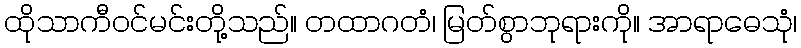
ထိုသာကီဝင်မင်းတို့သည်။ တထာဂတံ၊ မြတ်စွာဘုရားကို။ အာရာဓေသုံ၊